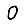
Digit: 0